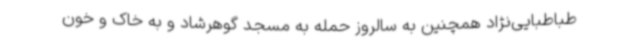
طباطبایی‌نژاد همچنین به سالروز حمله به مسجد گوهرشاد و به خاک و خون